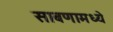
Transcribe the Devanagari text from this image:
साबणामध्ये